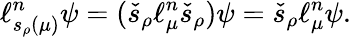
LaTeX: \ell_{s_{\rho}(\mu)}^{n}\psi=(\check{s}_{\rho}\ell_{\mu}^{n}\check{s}_{\rho})\psi=\check{s}_{\rho}\ell_{\mu}^{n}\psi.